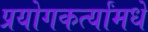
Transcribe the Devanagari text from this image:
प्रयोगकर्त्यांमधे